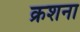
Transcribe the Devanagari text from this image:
क्रशना